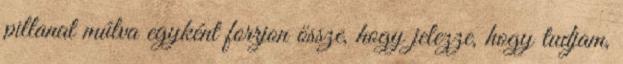
pillanat múlva egyként forrjon össze, hogy jelezze, hogy tudjam,